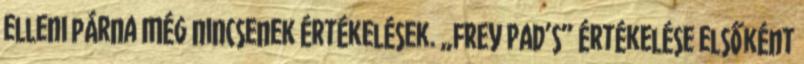
elleni párna Még nincsenek értékelések. „FREY PAD’s” értékelése elsőként